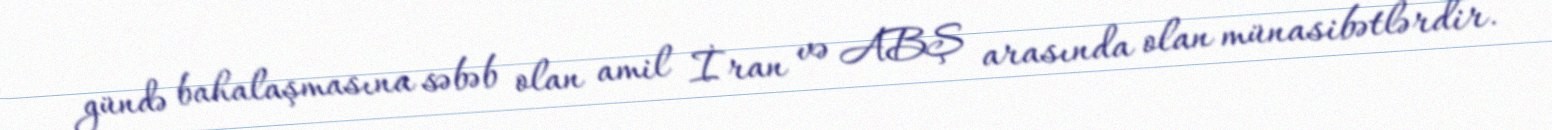
gündə bahalaşmasına səbəb olan amil İran və ABŞ arasında olan münasibətlərdir.